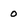
Character: 0